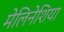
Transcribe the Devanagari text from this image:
मेलिनेशिया